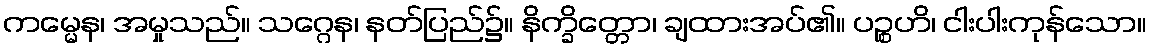
ကမ္မေန၊ အမှုသည်။ သဂ္ဂေန၊ နတ်ပြည်၌။ နိက္ခိတ္တော၊ ချထားအပ်၏။ ပဉ္စဟိ၊ ငါးပါးကုန်သော။